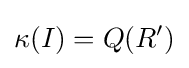
\kappa (I)=Q(R')